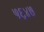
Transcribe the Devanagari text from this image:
५६४७